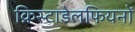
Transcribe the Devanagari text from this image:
क्रिस्टाडेलफियनों